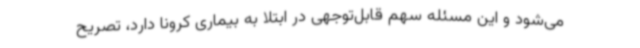
می‌شود و این مسئله سهم قابل‌توجهی در ابتلا به بیماری کرونا دارد، تصریح